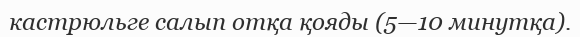
кастрюльге салып отқа қояды (5—10 минутқа).